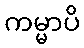
ကမ္မာပိ